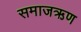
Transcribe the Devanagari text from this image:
समाजऋण